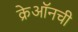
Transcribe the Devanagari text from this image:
क्रेऑनची